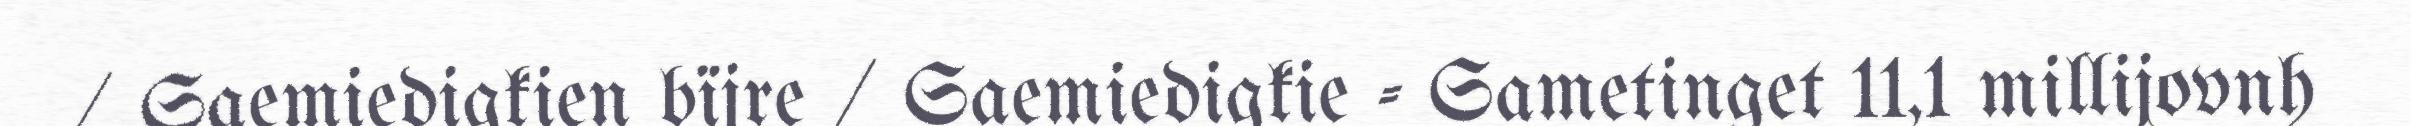
/ Saemiedigkien bïjre / Saemiedigkie - Sametinget 11,1 millijovnh